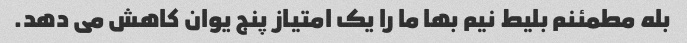
بله مطمئنم بلیط نیم بها ما را یک امتیاز پنج یوان کاهش می دهد.